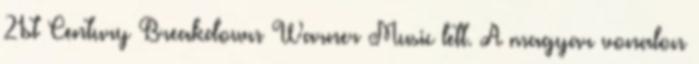
21st Century Breakdown Warner Music lett. A magyar vonalon